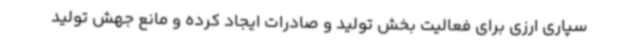
سپاری ارزی برای فعالیت بخش تولید و صادرات ایجاد کرده و مانع جهش تولید